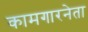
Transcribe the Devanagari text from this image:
कामगारनेता